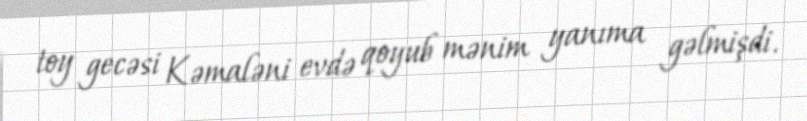
toy gecəsi Kəmaləni evdə qoyub mənim yanıma gəlmişdi.